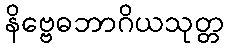
နိဗ္ဗေဓဘာဂိယသုတ္တ